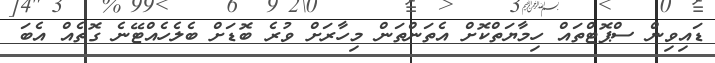
ޑައިވިން ސްޕޮޓްތައް ހިމާޔަތްކޮށް އެތަންތަން މިހާރަށް ވުރެ ބޮޑަށް ބެލެހެއްޓޭނެ ގޮތެއް އެބަ